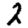
Digit: 2